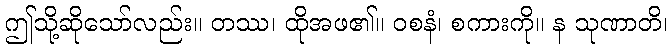
ဤသို့ဆိုသော်လည်း။ တဿ၊ ထိုအဖ၏။ ဝစနံ၊ စကားကို။ န သုဏာတိ၊